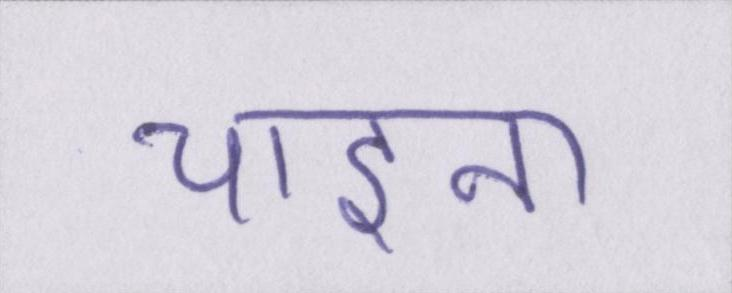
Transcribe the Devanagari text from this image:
चाइना